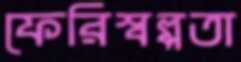
ফেরিস্বল্পতা